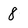
Character: 8